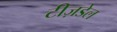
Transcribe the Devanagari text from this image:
टीज़डेल